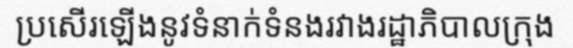
ប្រសើរឡើងនូវទំនាក់ទំនងរវាងរដ្ឋាភិបាលក្រុង